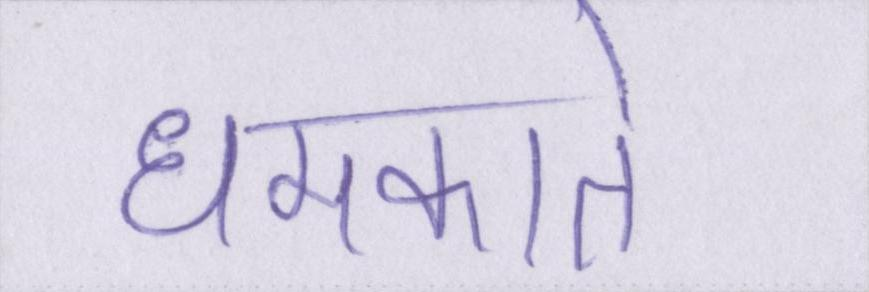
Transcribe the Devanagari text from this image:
धमकाते